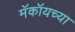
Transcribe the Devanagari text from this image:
मॅकॉयच्या